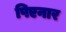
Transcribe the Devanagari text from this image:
पिएनार